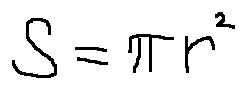
S = \pi r ^ { 2 }